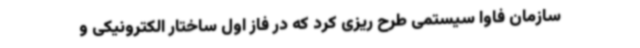
سازمان فاوا سیستمی طرح ریزی کرد که در فاز اول ساختار الکترونیکی و